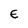
Character: E